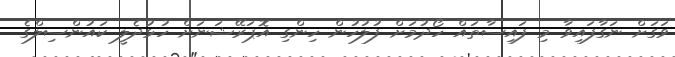
ވަގަށް ނަގާފައިވާ މި ފައިސާތައް ހޯދުމަށް ފުލުހުން ހިންގި އޮޕަރޭޝަނަށް ހުޅުދެލީ ކައުންސިލްގެ